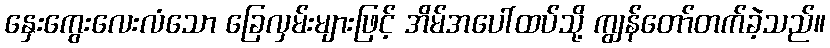
နှေးကွေးလေးလံသော ခြေလှမ်းများဖြင့် အိမ်အပေါ်ထပ်သို့ ကျွန်တော်တက်ခဲ့သည်။